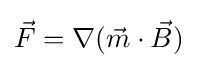
{\vec {F}}=\nabla ({\vec {m}}\cdot {\vec {B}})